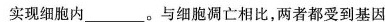
实现细胞内_______。与细胞凋亡相比，两者都受到基因